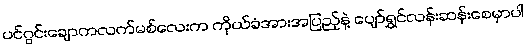
ပင်ဂွင်းချောကလက်မစ်လေးက ကိုယ်ခံအားအပြည့်နဲ့ ပျော်ရွှင်လန်းဆန်းစေမှာပါ